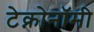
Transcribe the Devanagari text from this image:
टेक्नोनॉमी